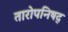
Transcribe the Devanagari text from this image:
तारोपनिषद्